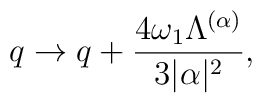
q\rightarrow q+{4\omega_{1}\Lambda^{(\alpha)}\over{3|\alpha|^{2}}},